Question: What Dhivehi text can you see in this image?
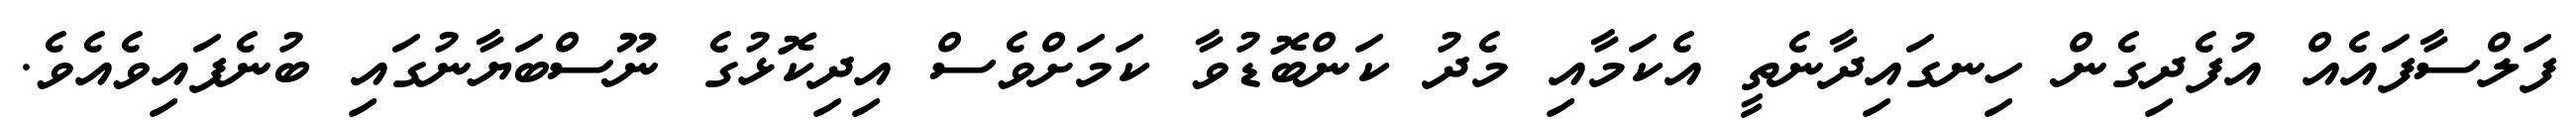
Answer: ފަލްސާފައެއް އުފެދިގެން ހިނގައިދާނެތީ އެކަމާއި މެދު ކަންބޮޑުވާ ކަމަށްވެސް އިދިކޮޅުގެ ނޫސްބަޔާނުގައި ބުނެފައިވެއެވެ.